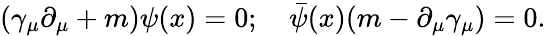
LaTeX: ({\gamma}_{\mu}\partial_{\mu}+m)\psi(x)=0;\quad{\bar{\psi}}(x)(m-\partial_{\mu}\gamma_{\mu})=0.